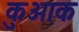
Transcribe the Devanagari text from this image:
कुओक